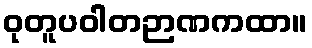
ဝုတူပဝါတဉာဏကထာ။